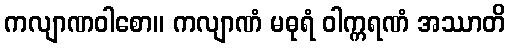
ကလျာဏဝါစော။ ကလျာဏံ မဓုရံ ဝါက္ကရဏံ အဿာတိ